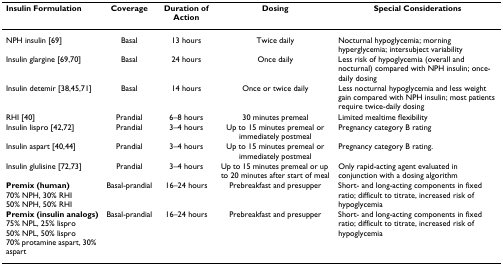
| Insulin Formulation | Coverage | Duration of Action | Dosing | Special Considerations |
 | --- | --- | --- | --- | --- |
 | NPH insulin [69] | Basal | 13 hours | Twice daily | Nocturnal hypoglycemia; morning hyperglycemia; intersubject variability |
 | Insulin glargine [69,70] | Basal | 24 hours | Once daily | Less risk of hypoglycemia (overall and nocturnal) compared with NPH insulin; once-daily dosing |
 | Insulin detemir [38,45,71] | Basal | 14 hours | Once or twice daily | Less nocturnal hypoglycemia and less weight gain compared with NPH insulin; most patients require twice-daily dosing |
 | RHI [40] | Prandial | 6–8 hours | 30 minutes premeal | Limited mealtime flexibility |
 | Insulin lispro [42,72] | Prandial | 3–4 hours | Up to 15 minutes premeal or immediately postmeal | Pregnancy category B rating |
 | Insulin aspart [40,44] | Prandial | 3–4 hours | Up to 15 minutes premeal or immediately postmeal | Pregnancy category B rating. |
 | Insulin glulisine [72,73] | Prandial | 3–4 hours | Up to 15 minutes premeal or up to 20 minutes after start of meal | Only rapid-acting agent evaluated in conjunction with a dosing algorithm |
 | Premix (human)70% NPH, 30% RHI50% NPH, 50% RHI | Basal-prandial | 16–24 hours | Prebreakfast and presupper | Short- and long-acting components in fixed ratio; difficult to titrate, increased risk of hypoglycemia |
 | Premix (insulin analogs)75% NPL, 25% lispro50% NPL, 50% lispro70% protamine aspart, 30% aspart | Basal-prandial | 16–24 hours | Prebreakfast and presupper | Short- and long-acting components in fixed ratio; difficult to titrate, increased risk of hypoglycemia |